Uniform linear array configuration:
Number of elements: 32
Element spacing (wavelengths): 1
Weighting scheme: hamming
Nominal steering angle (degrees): -45
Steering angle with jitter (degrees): -46.549
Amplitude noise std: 0.05
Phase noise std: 0.05

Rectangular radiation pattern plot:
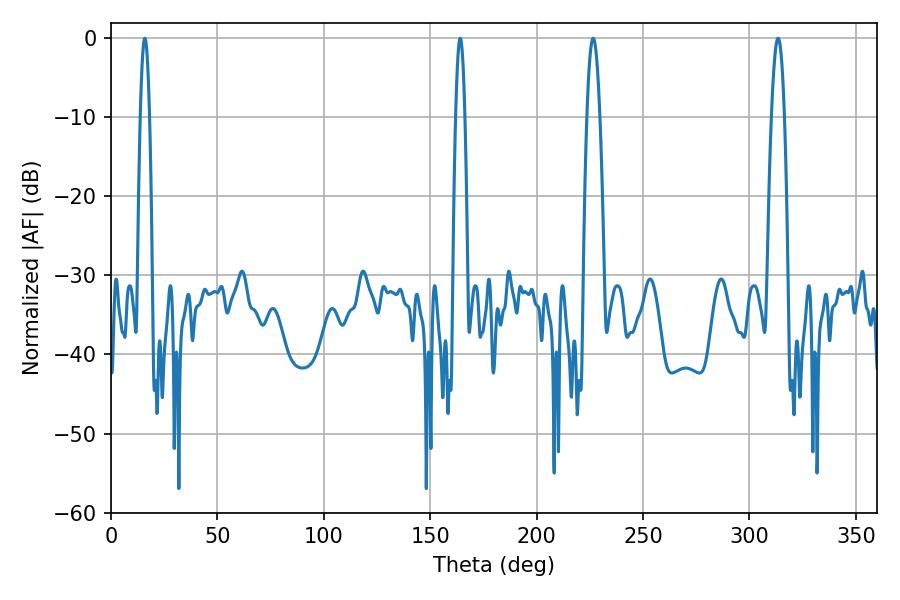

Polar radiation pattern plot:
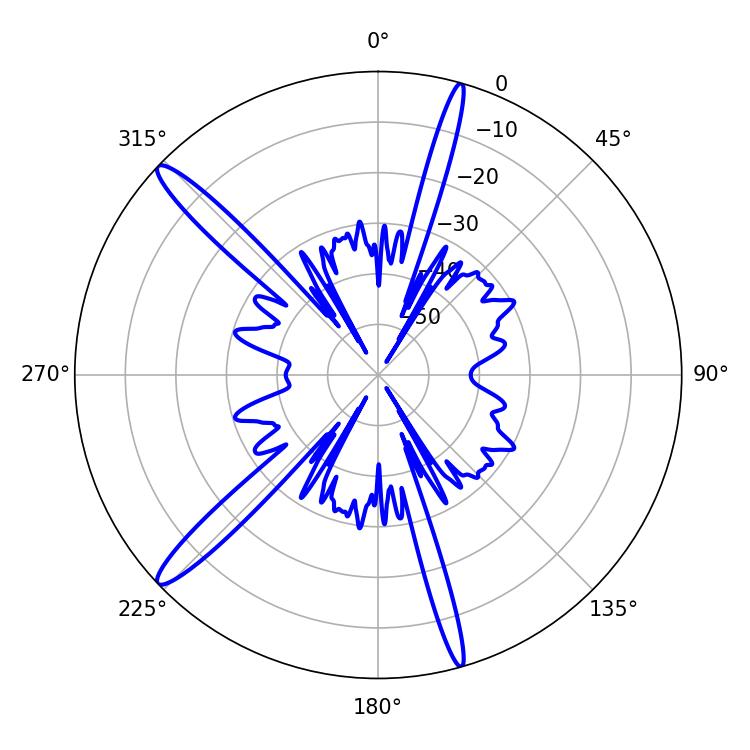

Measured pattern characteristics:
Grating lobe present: TRUE
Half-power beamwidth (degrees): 3.24
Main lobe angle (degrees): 226.62